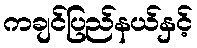
ကချင်ပြည်နယ်နှင့်